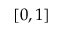
\left[ 0 , 1 \right]